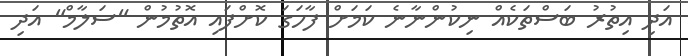
އަދި އިތުރު ބަސްތަކެއް ނިކުންނާނެ ކަމަށް ފާހަގަ ކޮށްފައި އޮތުމުން "ސަލާމް" އަދި